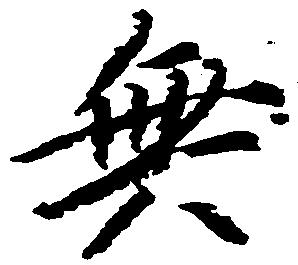
無